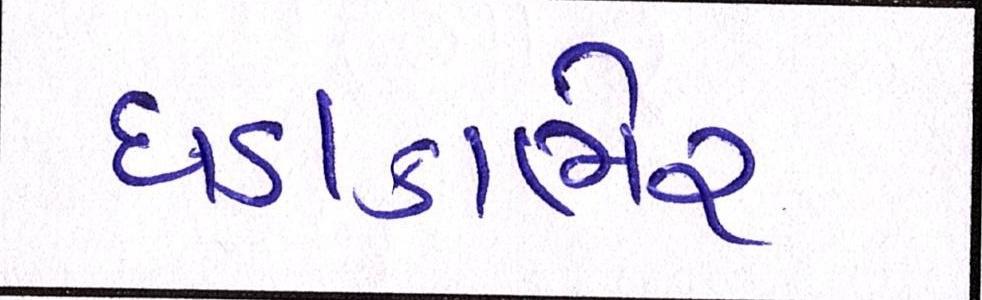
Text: ધડાકાભેર